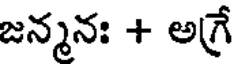
జన్మనః + అగ్రే